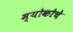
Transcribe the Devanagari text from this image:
म्योकोचे